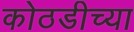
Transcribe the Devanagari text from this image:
कोठडीच्या